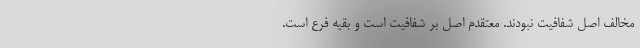
مخالف اصل شفافیت نبودند. معتقدم اصل بر شفافیت است و بقیه فرع است.